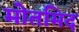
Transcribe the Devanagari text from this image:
मोतमिद